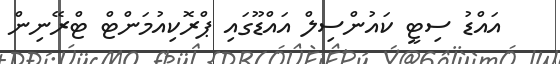
އައްޑު ސިޓީ ކައުންސިލް އައްޑޫގައި ޕްރޮކިއުމަންޓް ޓްރޭނިން